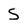
Character: S